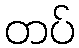
တပ်